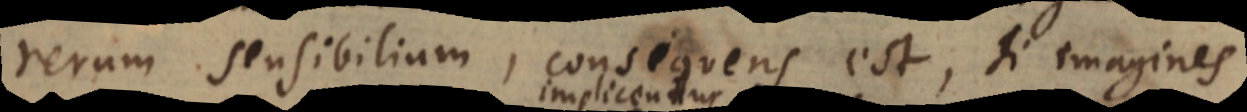
rerum sensibilium, consequens est, si imagines